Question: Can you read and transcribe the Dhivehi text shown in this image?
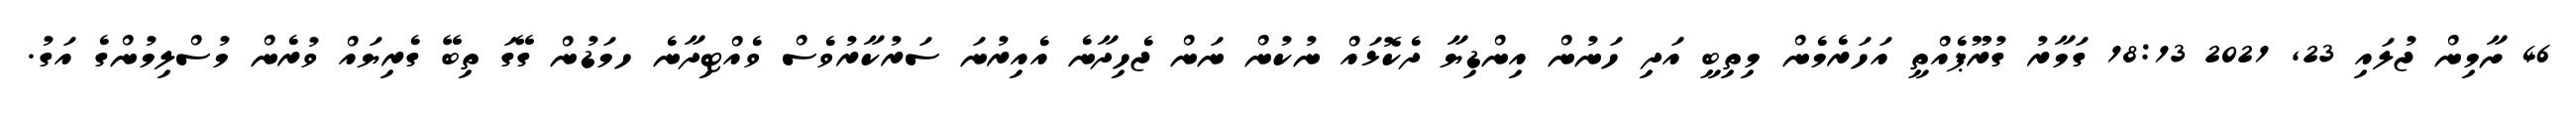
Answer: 46 ށާމިން ޖުލައި 23, 2021 18:13 ގަމާރު ގުރޫޕެއްތީ އަހަރެމެން މިތިބީ އަދި ހަނުން އިންޑިޔާ ދެކޮޅައް ނުކުން ނަން ޖެހިދާނެ އެއިރުނަ ސަރުކާރުވެސް ވެއްޓިދާނެ ހމަޑުން ގޭގަ ތިބޭ ގެރިޔައް ވުރެން މުސްލިމުންގެ އަގު.